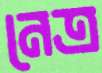
নেত্র